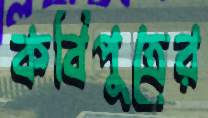
কবিপুত্রের